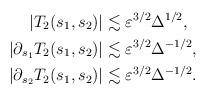
LaTeX: \begin{align*} \left| T_2(s_1,s_2) \right| & \lesssim \varepsilon^{3/2} \Delta^{1/2}, \\ \left| \partial_{s_1} T_2(s_1,s_2) \right| & \lesssim \varepsilon^{3/2} \Delta^{-1/2}, \\ \left| \partial_{s_2} T_2(s_1,s_2) \right| & \lesssim \varepsilon^{3/2} \Delta^{-1/2}. \end{align*}